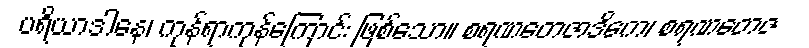
ပရိယာဒါနေ၊ ကုန်ရာကုန်ကြောင်း ဖြစ်သော။ စရဏတေဇာဒိကေ၊ စရဏတေဇ